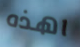
اهذه